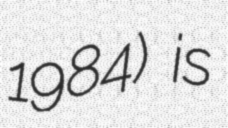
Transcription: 1984) is